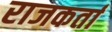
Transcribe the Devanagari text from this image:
राजकर्ता